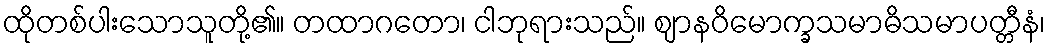
ထိုတစ်ပါးသောသူတို့၏။ တထာဂတော၊ ငါဘုရားသည်။ ဈာနဝိမောက္ခသမာဓိသမာပတ္တီနံ၊